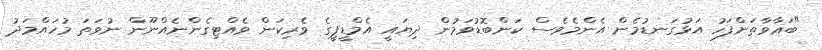
"ބަޣާވާތަށްފަހު އަޅުގަނޑުމެން އެންމެވެސް ކަންބޮޑުވަމުން ދިޔައީ އެމްޑީޕީގެ ވެރިކަން ވެއްޓިގެންނެއްނޫން ނުވަތަ މުހައްމަދު